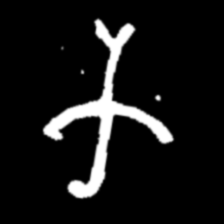
Pyu character \u2014 Myanmar letter: က (romanized: ka)